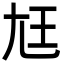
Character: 尪